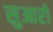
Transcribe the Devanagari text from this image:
सुआरों